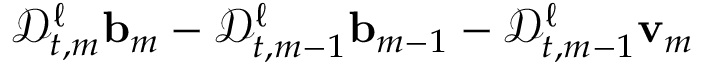
\mathscr { D } _ { t , m } ^ { \ell } \ensuremath { \mathbf { b } } _ { m } - \mathscr { D } _ { t , m - 1 } ^ { \ell } \ensuremath { \mathbf { b } } _ { m - 1 } - \mathscr { D } _ { t , m - 1 } ^ { \ell } \ensuremath { \mathbf { v } } _ { m }